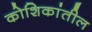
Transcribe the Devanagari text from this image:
कोशिकांतील